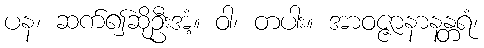
ပန၊ ဆက်၍ဆိုဦးအံ့။ ဝါ၊ တပါး။ အာဝဇ္ဇာနာနန္တရံ၊